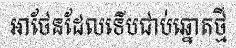
អាថែនដែលទើបជាប់ឆ្នោតថ្មី